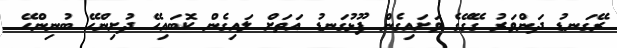
ރޭގަނޑު ދަންވަރު ގޭގޭގެ ވަށައިގެން ފޫޅުގަނޑު އަތަށް ލައިގެން ކޮބައިހޭ ދުށިންހޭ ބުނިންހޭ